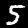
Label: 5